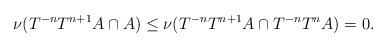
LaTeX: \begin{align*} \nu( T^{-n} T^{n+1}A \cap A ) \le \nu( T^{-n} T^{n+1}A \cap T^{-n} T^n A ) = 0.\end{align*}